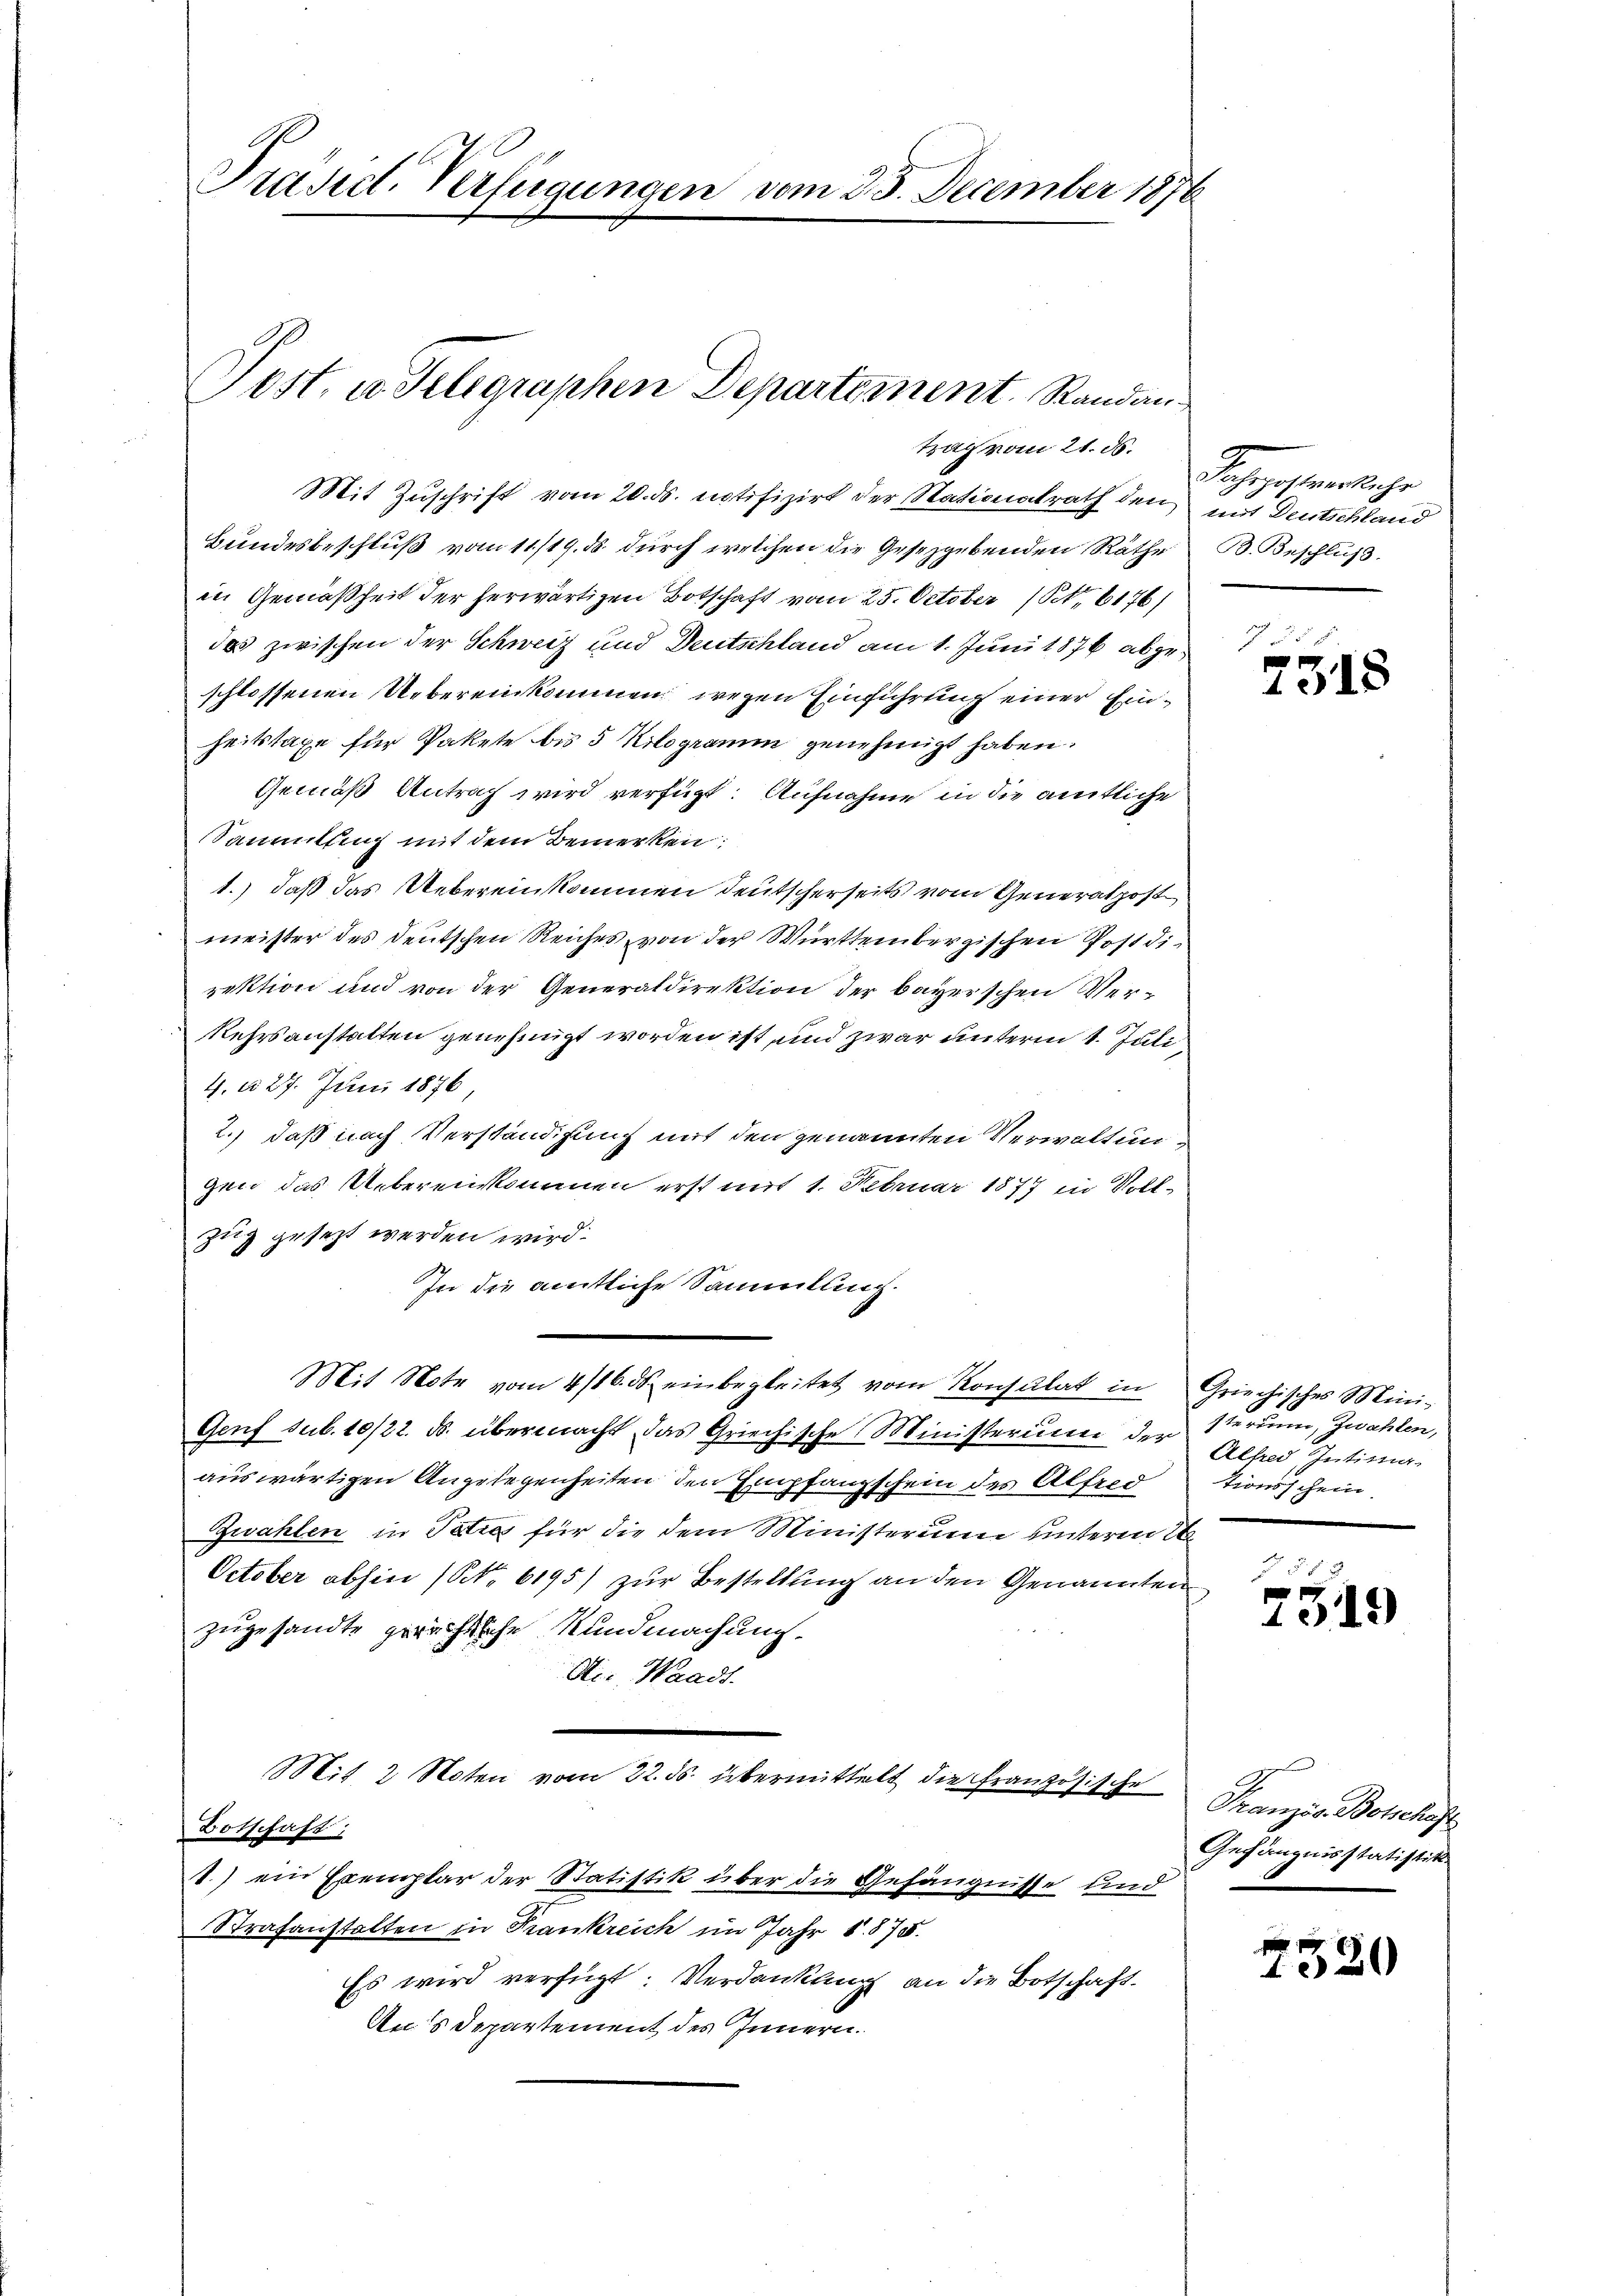
Präsict. Verfügungen vom 23. December 1876

Post, u. Telegraphen Departement. Randau
trag vom 21. ds.

Mit Zuschrift vom 20. ds. notifizirt der Nationalrath den mit Deutschland
Bundesbeschluß vom 11/19. ds. durch welchen die Gesetzgebenden Räthe
in Gemäßheit der herwärtigen Botschaft vom 25. October (S. 6176)
das zwischen der Schweiz und Deutschland am 1. Juni 1876 abgeschlossenen Uebereinkommen wegen Einführung einer Einheitstaxe für Pakete bis 5 Kilogramm genehmigt haben.
Gemäß Antrag wird verfügt: Aufnahme in die amtliche
Sammlung mit dem Bemerken:
1.) daß das Uebereinkommen deutscherseits vom Generalpost
meister des Deutschen Reiches von der Württembergischen Postdirektion und von der Generaldirektion der bayerschen Ver¬
Kehrsanstatten genehmigt worden ist und zwar unterm 1. Juli,
4. d. 27. Juni 1876
2.) daß nach Verständigung mit den genannten Verwaltungen das Uebereinkommen erst mit 1. Februar 1877 in Vollzug gesezt werden wird.
In die amtliche Sammlung.
Mit Note vom 4/16. ds. einbegleitet vom Konsulat in Griechisches Mini-
Genf sub. 10/22. ds. übermacht das Griechische Ministerium der sterin, zwahlen,
auswärtigen Angelegenheiten den Empfangschein des Alfred
Zwahlen in Patros für die dem Ministerium unterm 2
October abhin (No 6195) zur Bestellung an den Genannten
zugesandte prächische Kundmachung.
Sie, Waadt.
Mit 2 Noten vom 22. ds. übermittelt, die Französische
Botschaft,
.) ein Exemplar der Statistik über die Gefängnisse und
Strafanstalten in Krankreich im Jahr 1875.
Es wird verfügt: Verdankung an die Botschaft.
Ans Departement des Innern.

Fahrpostverkehr
B. Beschluß.

§55
g
1018

Alfred Intima.
tionsschein

5. 18

14

Französ. Botschaft
Gefängnisstatistik

1520